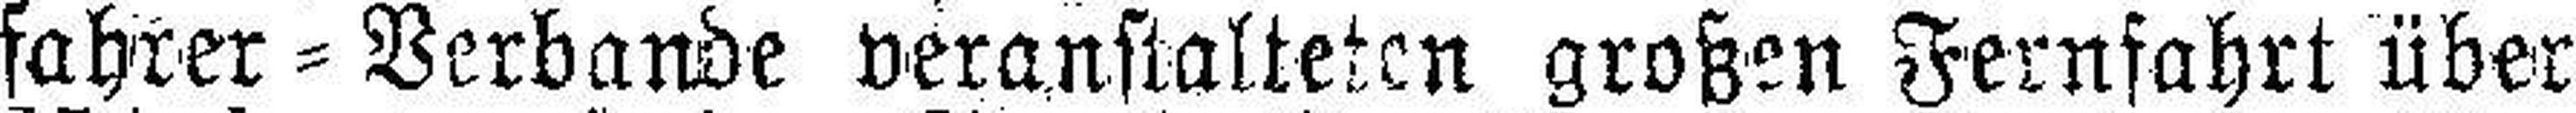
fahrer=Verbande veranstalteten großen Fernfahrt über